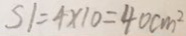
S 1 = 4 \times 1 0 = 4 0 c m ^ { 2 }